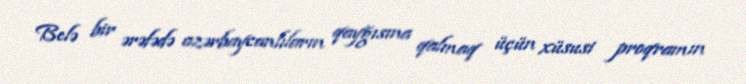
Belə bir ərəfədə azərbaycanlıların qayğısına qalmaq üçün xüsusi proqramın